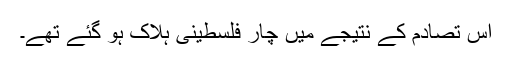
اس تصادم کے نتیجے میں چار فلسطینی ہلاک ہو گئے تھے۔